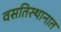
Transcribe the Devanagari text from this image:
वसतिस्थानात